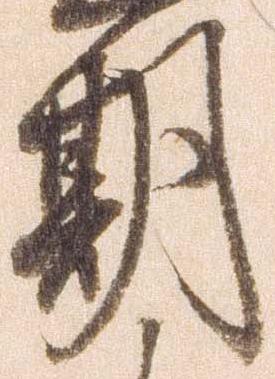
期